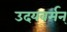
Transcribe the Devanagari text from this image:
उदयवर्मन्